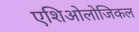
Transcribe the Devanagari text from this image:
एशिओलोजिकल